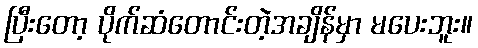
ပြီးတော့ ပိုက်ဆံတောင်းတဲ့အချိန်မှာ မပေးဘူး။